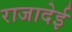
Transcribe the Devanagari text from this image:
राजादेई